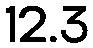
12.3